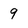
Character: 9